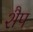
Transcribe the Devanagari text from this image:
शैप